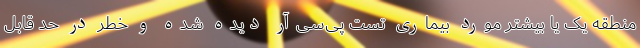
منطقه یک یا بیشتر مورد بیماری تست پی‌سی‌آر دیده شده و خطر در حد قابل